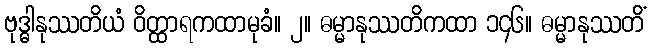
ဗုဒ္ဓါနုဿတိယံ ဝိတ္ထာရကထာမုခံ။ ၂။ ဓမ္မာနုဿတိကထာ ၁၄၆။ ဓမ္မာနုဿတိံ